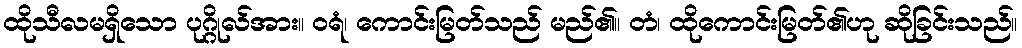
ထိုသီလမရှိသော ပုဂ္ဂိုလ်အား။ ဝရံ၊ ကောင်းမြတ်သည် မည်၏။ တံ၊ ထိုကောင်းမြတ်၏ဟု ဆိုခြင်းသည်။